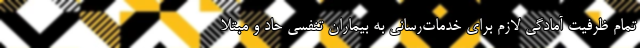
تمام ظرفیت آمادگی لازم برای خدمات‌رسانی به بیماران تنفسی حاد و مبتلا